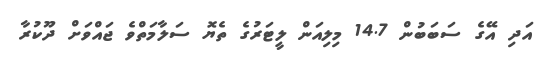
އަދި އޭގެ ސަބަބުން 14.7 މިލިއަން ލީޓަރުގެ ތެޔޮ ސަލާމަތްވެ ޖައްވަށް ދޫކުރާ